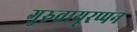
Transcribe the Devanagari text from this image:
गुरुवायूरप्पन